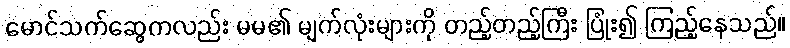
မောင်သက်ဆွေကလည်း မမ၏ မျက်လုံးများကို တည့်တည့်ကြီး ပြုံး၍ ကြည့်နေသည်။